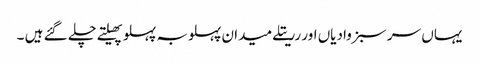
یہاں سر سبز وادیاں اور رریتلے میدان پہلوبہ پہلو پھیلتے چلے گئے ہیں ۔